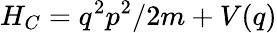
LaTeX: H_{C}=q^{2}p^{2}/2m+V(q)